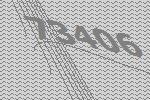
73406